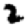
Digit: 2